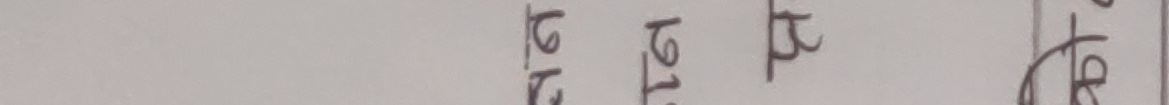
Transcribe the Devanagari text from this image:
कि म ते गे